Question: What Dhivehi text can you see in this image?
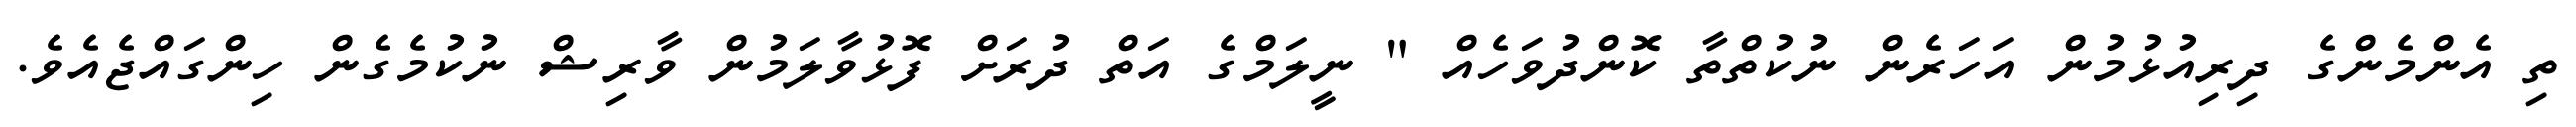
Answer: ތި އެންމެންގެ ދިރިއުޅުމުން އަހަރެން ނުކުތްތާ ކޮންދުވަހެއް " ނީލަމްގެ އަތް ދުރަށް ފޮޅުވާލަމުން ވާރިޝް ނުކުމެގެން ހިންގައްޖެއެވެ.